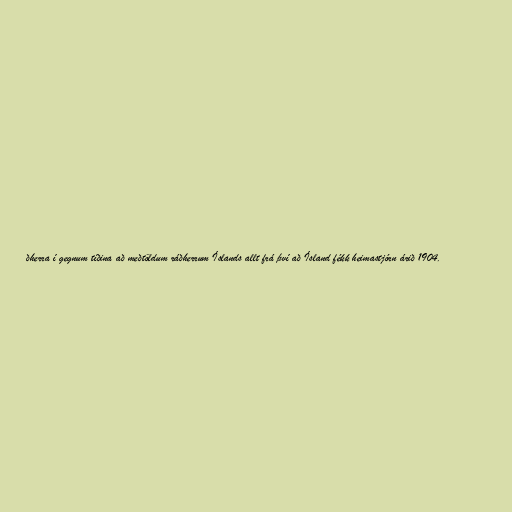
ðherra í gegnum tíðina að meðtöldum ráðherrum Íslands allt frá því að Ísland fékk heimastjórn árið 1904.